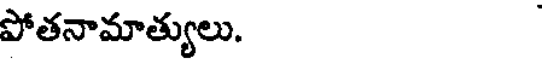
పోతనామాత్యులు.